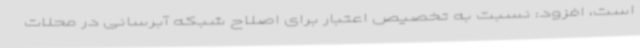
است، افزود: نسبت به تخصیص اعتبار برای اصلاح شبکه آبرسانی در محلات